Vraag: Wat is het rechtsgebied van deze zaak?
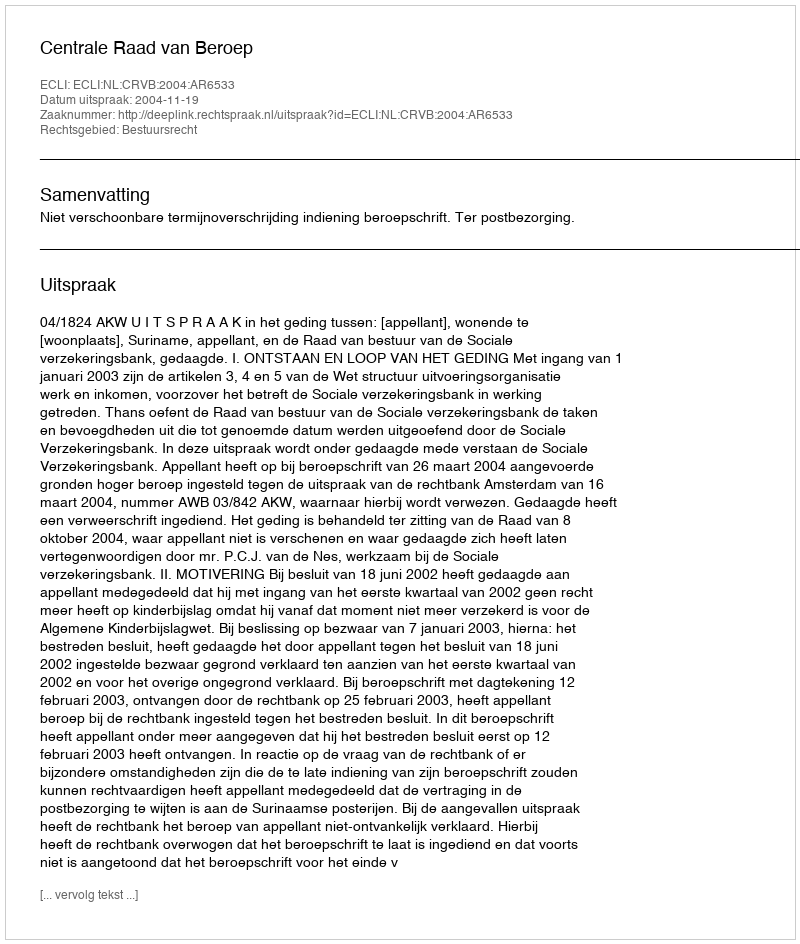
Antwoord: Bestuursrecht